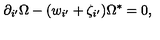
\partial _ { i ^ { \prime } } \Omega - ( w _ { i ^ { \prime } } + \zeta _ { i ^ { \prime } } ) \Omega ^ { \ast } = 0 ,